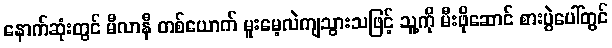
နောက်ဆုံးတွင် မီလာနီ တစ်ယောက် မူးမေ့လဲကျသွားသဖြင့် သူ့ကို မီးဖိုဆောင် စားပွဲပေါ်တွင်